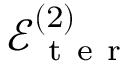
\mathcal { E } _ { \mathrm { ~ t ~ e ~ r ~ } } ^ { ( 2 ) }